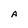
Character: A